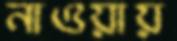
নাওয়ায়